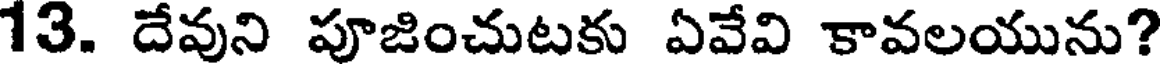
13. దేవుని పూజించుటకు ఏవేవి కావలయును?